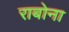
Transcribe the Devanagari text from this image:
राबोना